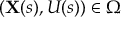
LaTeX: ( \mathbf { X } ( s ) , U ( s ) ) \in \Omega